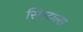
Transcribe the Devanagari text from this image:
सिरदाला